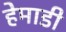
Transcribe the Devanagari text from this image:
हेमाडी